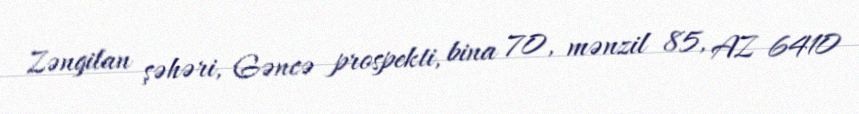
Zəngilan şəhəri, Gəncə prospekti, bina 70, mənzil 85, AZ 6410